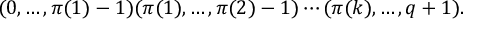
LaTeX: ( 0 , \ldots , \pi ( 1 ) - 1 ) ( \pi ( 1 ) , \ldots , \pi ( 2 ) - 1 ) \cdots ( \pi ( k ) , \ldots , q + 1 ) .